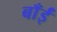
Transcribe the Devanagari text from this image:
बाँईं